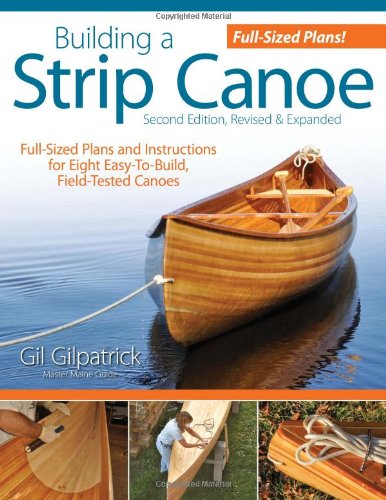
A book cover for Building a Strip Canoe, Second Edition, Revised & Expanded: Full-Sized Plans and Instructions for Eight Easy-To-Build, Field-Tested Canoes; Gil Gilpatrick; Engineering & Transportation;